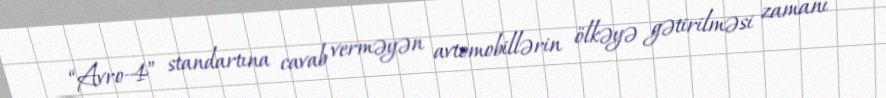
“Avro-4” standartına cavab verməyən avtomobillərin ölkəyə gətirilməsi zamanı